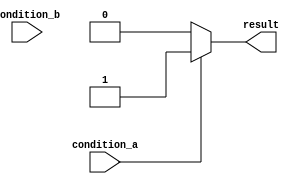
module if_else_statement (
    input wire condition_a,
    input wire condition_b,
    output reg result
);

always @(*)
begin
    if (condition_a)
    begin
        result = 1;
    end
    else if (condition_b)
    begin
        result = 2;
    end
    else
    begin
        result = 0;
    end
end

endmodule